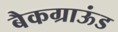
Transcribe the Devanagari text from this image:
बैकग्राऊंड